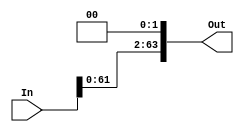
/*
	Unsigned
*/

//////////////////////////////////
// Left Shifter Unit Structure & Logic Modules
//////////////////////////////////

module Shift_Left2 (In, Out);
  input[63:0] In;
  output [63:0] Out;
  
  assign Out = (In << 2);


endmodule